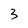
Character: 3